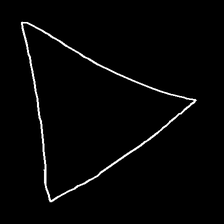
Glyph: convergence